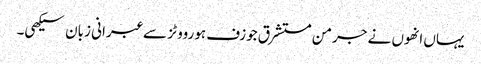
یہاں انھوں نے جرمن مستشرق جوزف ہورووٹز سے عبرانی زبان سیکھی۔